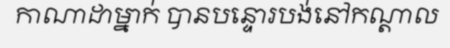
កាណាដាម្នាក់ បានបន្ទោរបង់នៅកណ្តាល